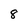
Character: 8